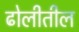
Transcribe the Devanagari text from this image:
ढोलीतील